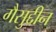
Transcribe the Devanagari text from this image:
गैसुद्दीन